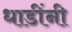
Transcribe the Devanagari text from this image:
धाडींनी